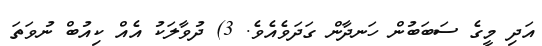
އަދި މީގެ ސަބަބުން ހަނދާން ގަދަވެއެވެ. 3) ދުވާލަކު އެއް ކިއުބް ނުވަތަ